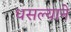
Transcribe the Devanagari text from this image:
धसल्याने